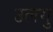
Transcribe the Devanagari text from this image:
उलगु